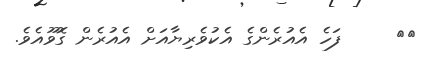
٢٩     ފަހެ އެއުރެންގެ އެކުވެރިޔާއަށް އެއުރެން ގޮވޫއެވެ.